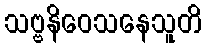
သဗ္ဗနိဝေသနေသူတိ